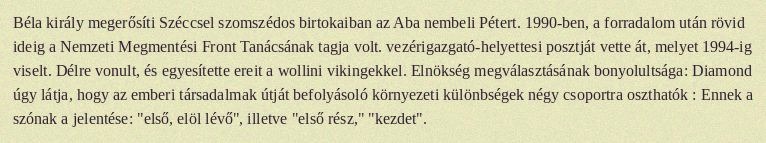
Béla király megerősíti Széccsel szomszédos birtokaiban az Aba nembeli Pétert. 1990-ben, a forradalom után rövid ideig a Nemzeti Megmentési Front Tanácsának tagja volt. vezérigazgató-helyettesi posztját vette át, melyet 1994-ig viselt. Délre vonult, és egyesítette ereit a wollini vikingekkel. Elnökség megválasztásának bonyolultsága: Diamond úgy látja, hogy az emberi társadalmak útját befolyásoló környezeti különbségek négy csoportra oszthatók : Ennek a szónak a jelentése: "első, elöl lévő", illetve "első rész," "kezdet".